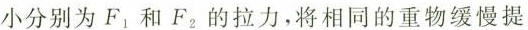
小分别为F_{1}和F_{2}的拉力，将相同的重物缓慢提